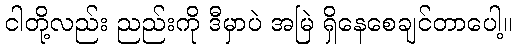
ငါတို့လည်း ညည်းကို ဒီမှာပဲ အမြဲ ရှိနေစေချင်တာပေါ့။